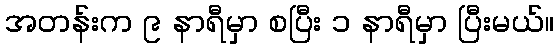
အတန်းက ၉ နာရီမှာ စပြီး ၁ နာရီမှာ ပြီးမယ်။